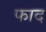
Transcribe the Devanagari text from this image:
फाद